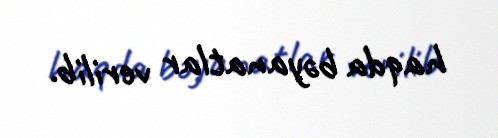
haqda bəyanatlar verilib.